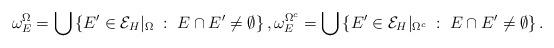
LaTeX: \begin{align*}\omega_E^\Omega = \bigcup\left\{E' \in \mathcal{E}_H|_{\Omega} \;:\; E \cap E' \neq \emptyset \right\}, \omega_E^{\Omega^c} = \bigcup\left\{E' \in \mathcal{E}_H|_{\Omega^c} \;:\; E \cap E' \neq \emptyset \right\}. \end{align*}